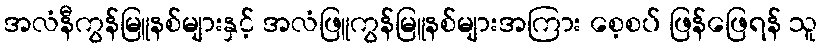
အလံနီကွန်မြူနစ်များနှင့် အလံဖြူကွန်မြူနစ်များအကြား စေ့စပ် ဖြန်ဖြေရန် သူ